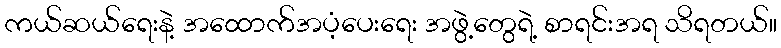
ကယ်ဆယ်ရေးနဲ့ အထောက်အပံ့ပေးရေး အဖွဲ့တွေရဲ့ စာရင်းအရ သိရတယ်။